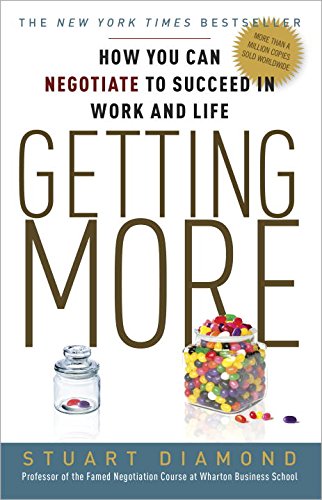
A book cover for Getting More: How You Can Negotiate to Succeed in Work and Life; Stuart Diamond; Self-Help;